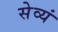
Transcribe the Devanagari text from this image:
सेव्यं